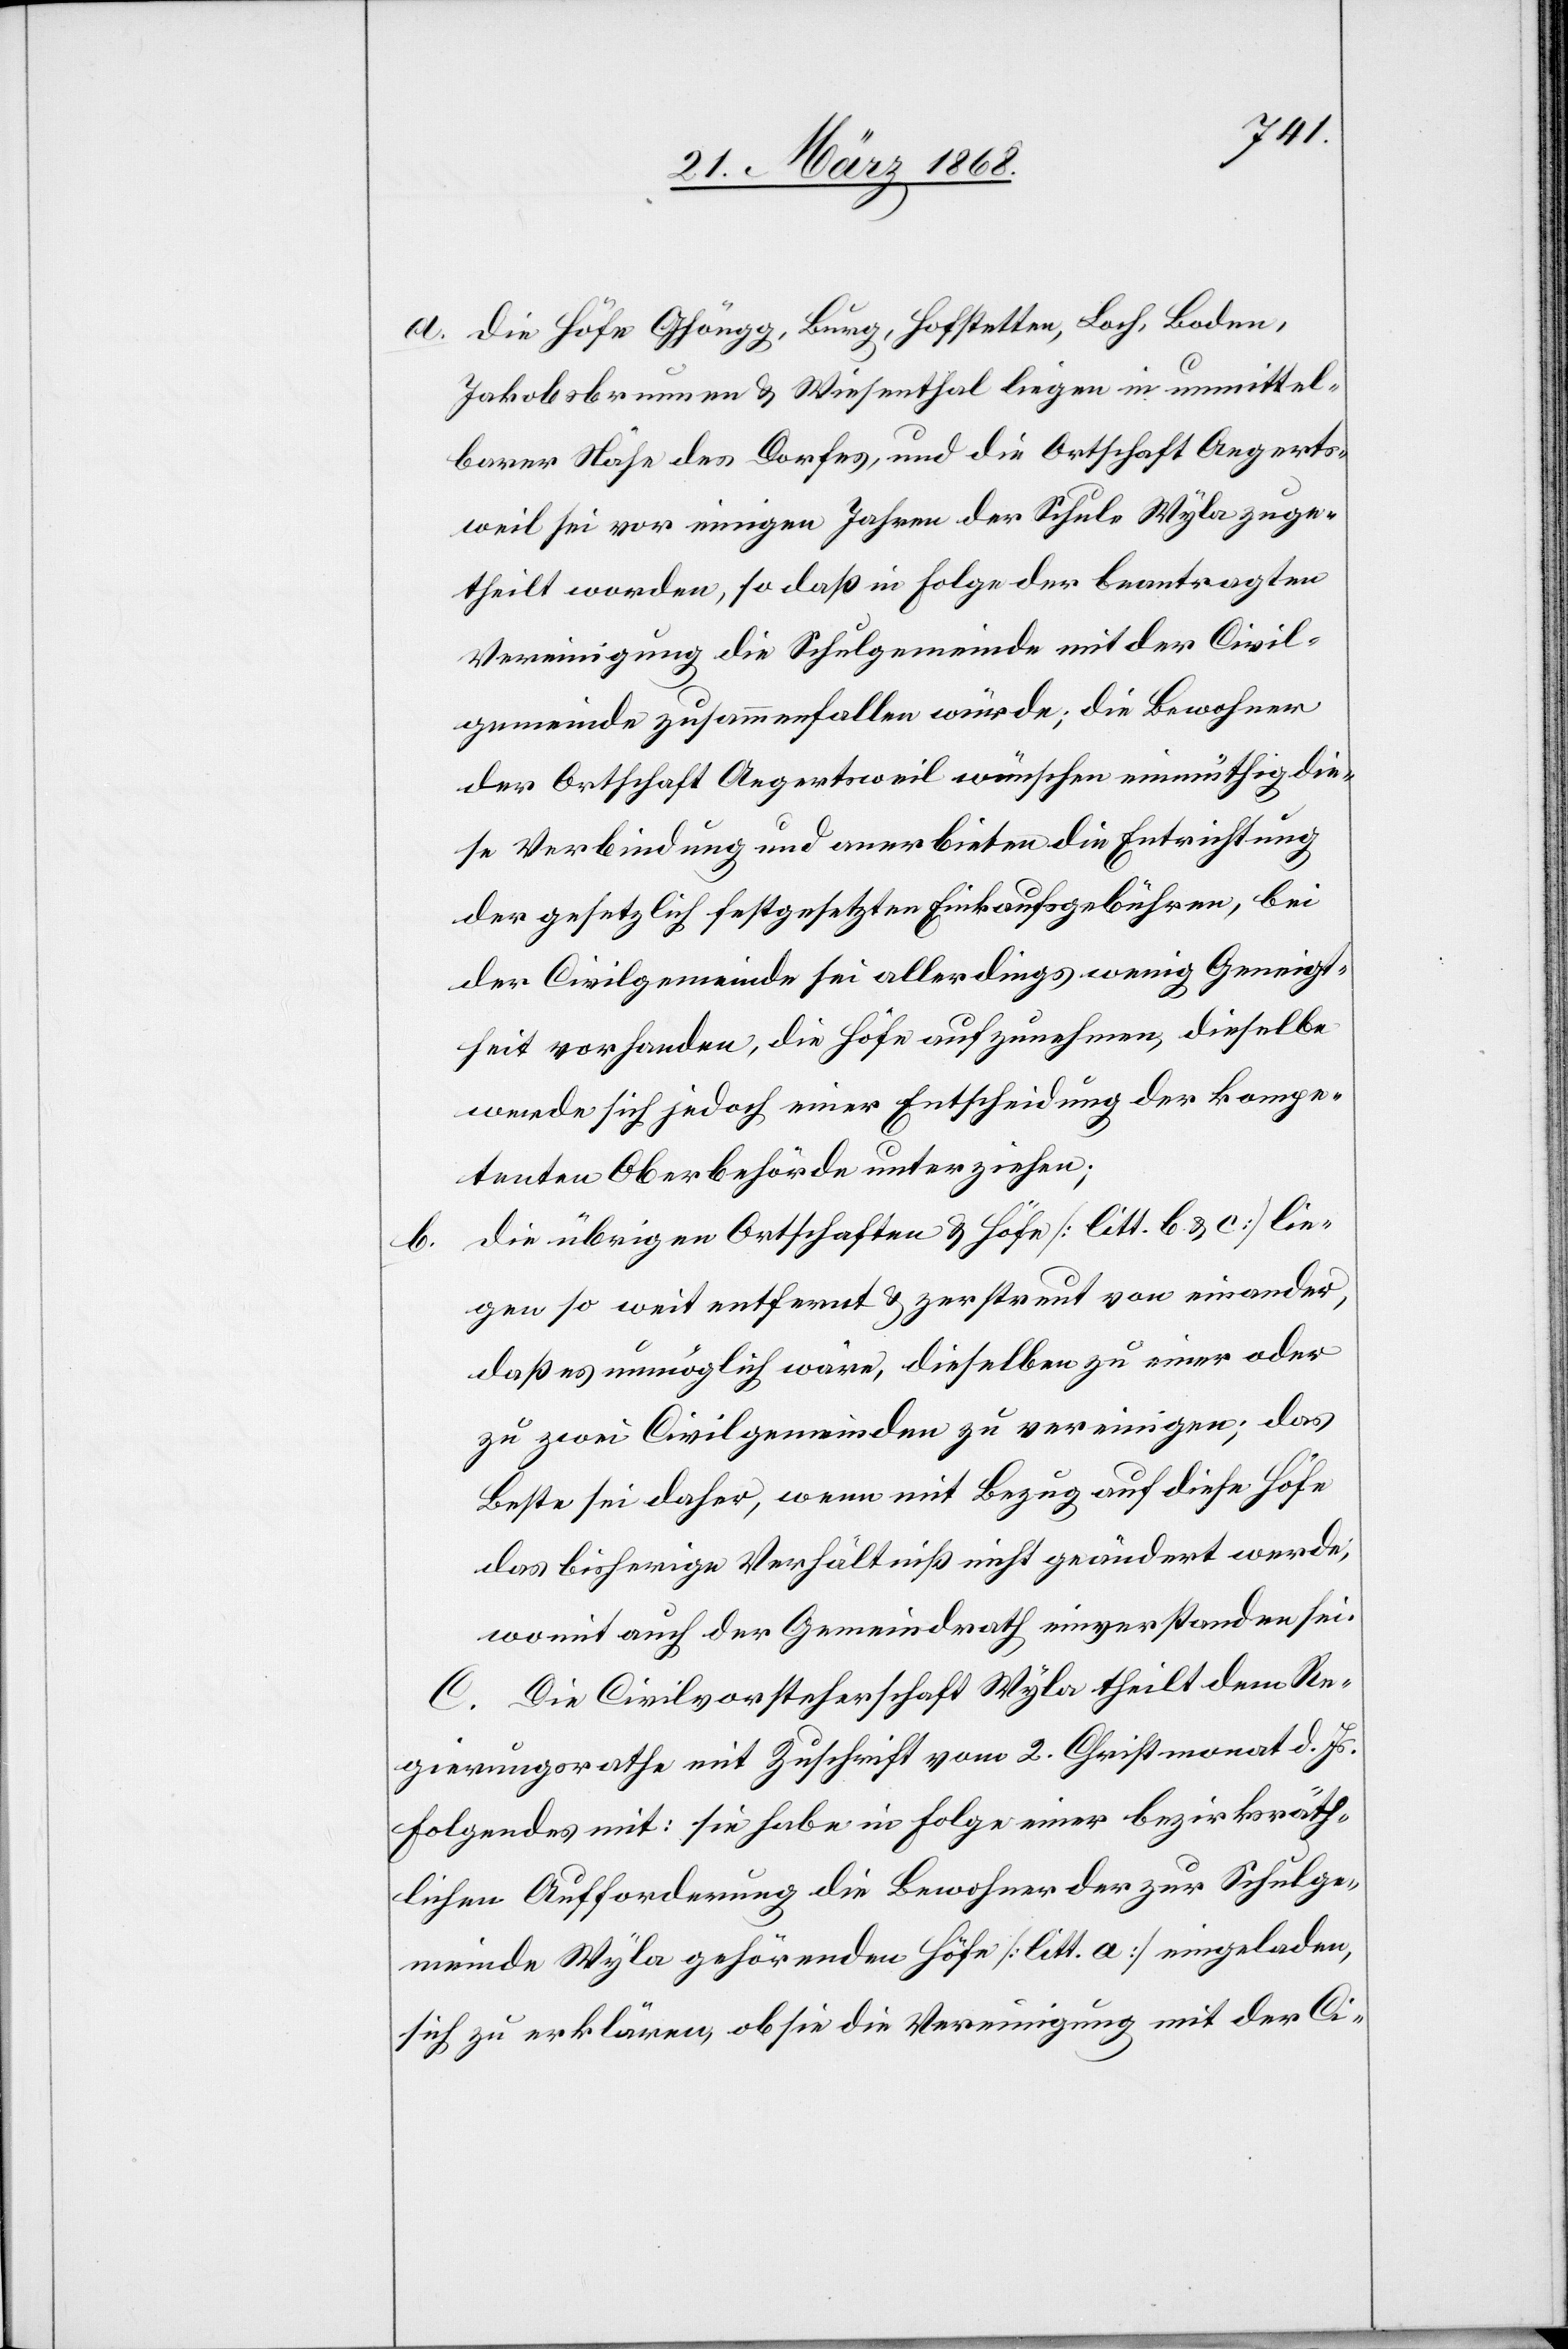
a.
die Höfe Ghöngg, Burg, Hofstetten, Loch, Boden,
Jakobsbrunnen & Wiesenthal liegen in unmittel¬
barer Nähe des Dorfes, und die Ortschaft Aegerts¬
weil sei vor einigen Jahren der Schule Wyla zuge¬
theilt worden, so daß in Folge der beantragten
Vereinigung die Schulgemeinde mit der Civil¬
gemeinde zusammenfallen würde; die Bewohner
der Ortschaft Aegertsweil wünschen einmüthig die¬
se Verbindung und anerbieten die Entrichtung
der gesetzlich festgesetzten Einkaufsgebühren, bei
der Civilgemeinde sei allerdings wenig Geneigt¬
heit vorhanden, die Höfe aufzunehmen, dieselbe
werde sich jedoch einer Entscheidung der kompe¬
tenten Oberbehörde unterziehen;
die übrigen Ortschaften & Höfe [litt. b & c] lie¬
gen so weit entfernt & zerstreut von einander,
daß es unmöglich wäre, dieselben zu einer oder
zu zwei Civilgemeinden zu vereinigen; das
Beste sei daher, wenn mit Bezug auf diese Höfe
das bisherige Verhältniß nicht geändert werde,
womit auch der Gemeindrath einverstanden sei.
C. Die Civilvorsteherschaft Wyla theilt dem Re¬
gierungsrathe mit Zuschrift vom 2. Christmonat d. Js.
Folgendes mit: sie habe in Folge einer bezirksräth¬
lichen Aufforderung die Bewohner der zur Schulge¬
meinde Wyla gehörenden Höfe [litt a] eingeladen,
sich zu erklären, ob sie die Vereinigung mit der Ci-